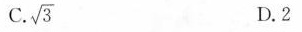
C. \sqrt{3} D.2